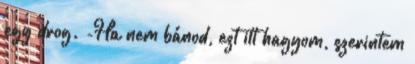
egy drog. -Ha nem bánod, ezt itt hagyom, szerintem